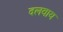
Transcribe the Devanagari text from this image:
दलवाय